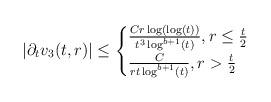
LaTeX: \begin{align*} |\partial_{t}v_{3}(t,r)| \leq \begin{cases} \frac{C r \log(\log(t))}{t^{3} \log^{b+1}(t)}, r \leq \frac{t}{2}\\\frac{C}{r t \log^{b+1}(t)}, r > \frac{t}{2}\end{cases}\end{align*}